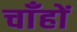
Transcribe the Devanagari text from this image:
चाँहों